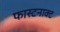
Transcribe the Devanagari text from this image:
फास्टनाक्ट